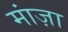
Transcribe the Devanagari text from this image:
मांज़ा